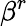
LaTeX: \beta^{r}